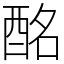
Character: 酩